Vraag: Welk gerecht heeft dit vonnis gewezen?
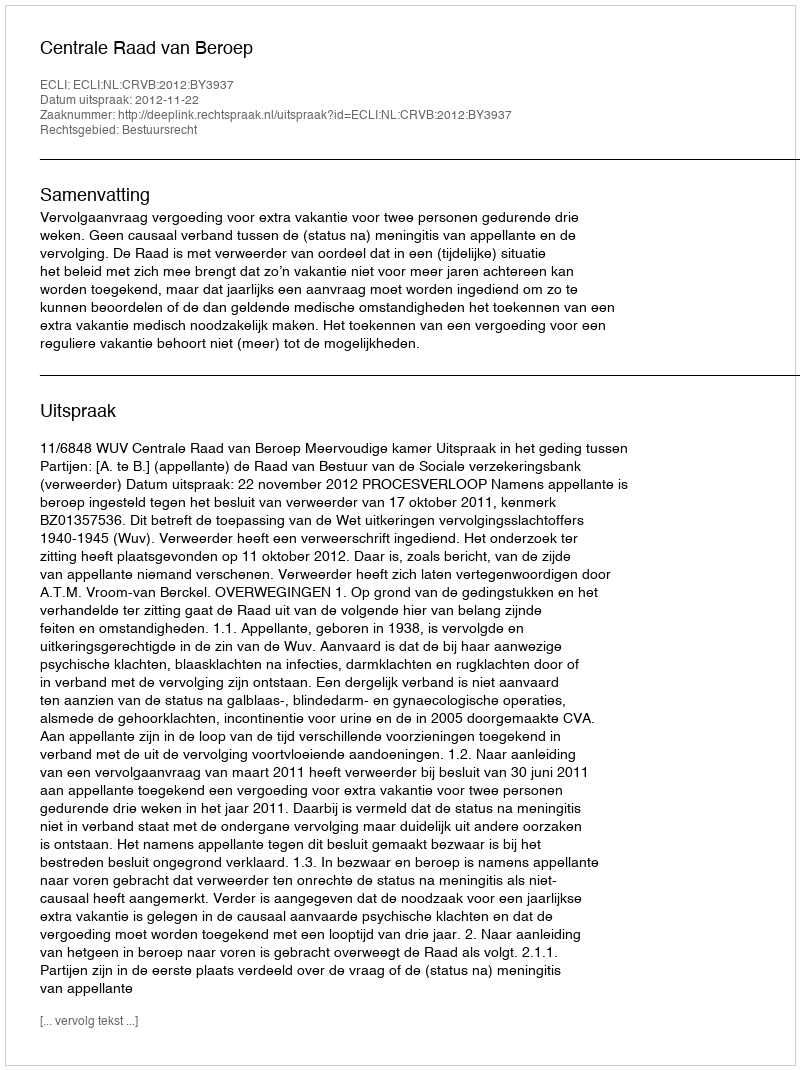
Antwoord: Centrale Raad van Beroep